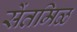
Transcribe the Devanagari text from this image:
सेंतमिळ